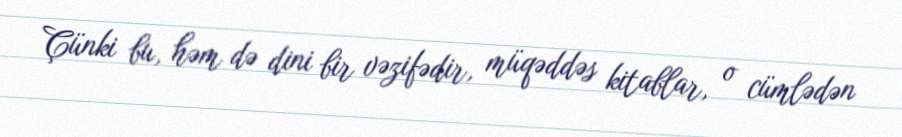
Çünki bu, həm də dini bir vəzifədir, müqəddəs kitablar, o cümlədən